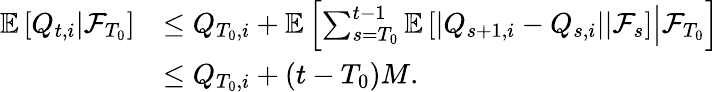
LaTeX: \begin{array}{rl}{\mathbb E\left[\left.Q_{t,i}\right\rvert\mathcal F_{T_{0}}\right]}&{\le Q_{T_{0},i}+\mathbb E\left[\left.\sum_{s=T_{0}}^{t-1}\mathbb E\left[\left.\left\lvert Q_{s+1,i}-Q_{s,i}\right\rvert\right\rvert\mathcal F_{s}\right]\right\rvert\mathcal F_{T_{0}}\right]}\\ &{\le Q_{T_{0},i}+(t-T_{0})M.}\end{array}